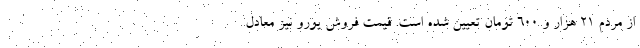
از مردم 21 هزار و 600 تومان تعیین شده است. قیمت فروش یورو نیز معادل